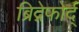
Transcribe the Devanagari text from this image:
ब्रिद्गेफोर्द्